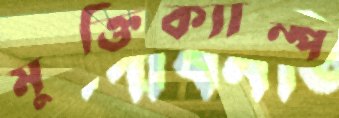
মুক্তিক্যাম্প